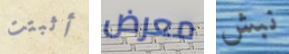
أثبتت معرض نبش